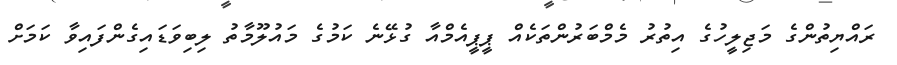
ރައްޔިތުންގެ މަޖިލީހުގެ އިތުރު މެމްބަރުންތަކެއް ޕީޕީއެމްއާ ގުޅޭނެ ކަމުގެ މައުލޫމާތު ލިބިވަޑައިގެންފައިވާ ކަމަށް